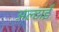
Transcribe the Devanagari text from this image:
अल्टाई